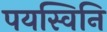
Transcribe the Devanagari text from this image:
पयस्विनि